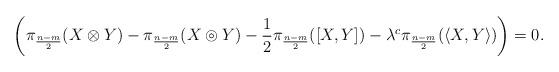
LaTeX: \begin{align*}\left(\pi_{\frac{n-m}{2}}(X\otimes Y) -\pi_{\frac{n-m}{2}}(X \circledcirc Y) - \frac{1}{2} \pi_{\frac{n-m}{2}}([X,Y]) - \lambda^c \pi_{\frac{n-m}{2}}(\langle X,Y \rangle)\right)=0.\end{align*}